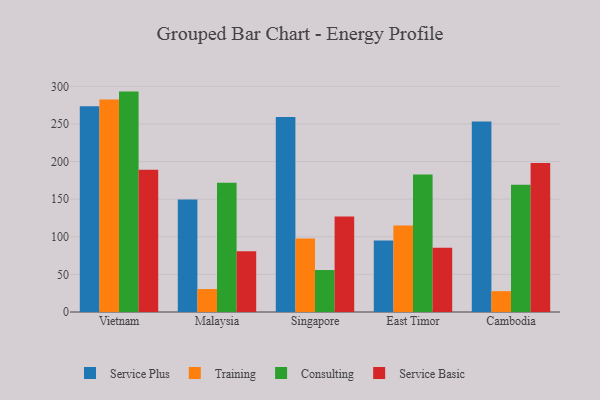
{"axis": {"x": "Country", "y": "Humidity (%)"}, "legend": ["Consulting", "Service Basic", "Service Plus", "Training"], "data": [{"x": "Vietnam", "y": 273.5, "type": "Service Plus"}, {"x": "Vietnam", "y": 282.4, "type": "Training"}, {"x": "Vietnam", "y": 293.0, "type": "Consulting"}, {"x": "Vietnam", "y": 189.2, "type": "Service Basic"}, {"x": "Malaysia", "y": 149.5, "type": "Service Plus"}, {"x": "Malaysia", "y": 30.5, "type": "Training"}, {"x": "Malaysia", "y": 171.8, "type": "Consulting"}, {"x": "Malaysia", "y": 80.7, "type": "Service Basic"}, {"x": "Singapore", "y": 259.2, "type": "Service Plus"}, {"x": "Singapore", "y": 97.6, "type": "Training"}, {"x": "Singapore", "y": 55.8, "type": "Consulting"}, {"x": "Singapore", "y": 127.1, "type": "Service Basic"}, {"x": "East Timor", "y": 94.9, "type": "Service Plus"}, {"x": "East Timor", "y": 115.1, "type": "Training"}, {"x": "East Timor", "y": 182.7, "type": "Consulting"}, {"x": "East Timor", "y": 85.5, "type": "Service Basic"}, {"x": "Cambodia", "y": 253.2, "type": "Service Plus"}, {"x": "Cambodia", "y": 27.7, "type": "Training"}, {"x": "Cambodia", "y": 169.2, "type": "Consulting"}, {"x": "Cambodia", "y": 198.2, "type": "Service Basic"}]}